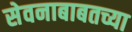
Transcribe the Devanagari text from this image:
सेवनाबाबतच्या